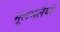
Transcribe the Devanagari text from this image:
भूलभलैयाँ